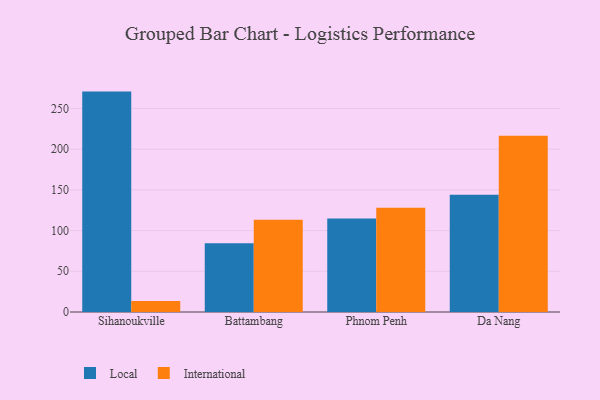
{"axis": {"x": "City", "y": "Satisfaction Score"}, "legend": ["International", "Local"], "data": [{"x": "Sihanoukville", "y": 270.7, "type": "Local"}, {"x": "Sihanoukville", "y": 13.4, "type": "International"}, {"x": "Battambang", "y": 84.4, "type": "Local"}, {"x": "Battambang", "y": 113.2, "type": "International"}, {"x": "Phnom Penh", "y": 114.8, "type": "Local"}, {"x": "Phnom Penh", "y": 127.9, "type": "International"}, {"x": "Da Nang", "y": 144.1, "type": "Local"}, {"x": "Da Nang", "y": 216.4, "type": "International"}]}